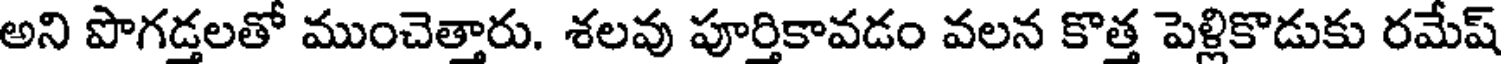
అని పొగడ్తలతో ముంచెత్తారు. శలవు పూర్తికావడం వలన కొత్త పెళ్లికొడుకు రమేష్